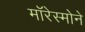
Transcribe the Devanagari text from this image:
मॉरेस्मोने